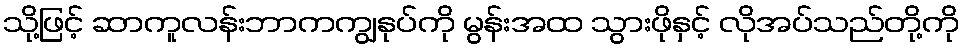
သို့ဖြင့် ဆာကူလန်းဘာကကျွနုပ်ကို မွန်းအထ သွားဖိုနှင့် လိုအပ်သည်တို့ကို